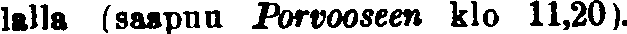
lalla (saapuu Porvooseen klo 11,20).